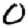
Digit: 0